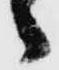
々